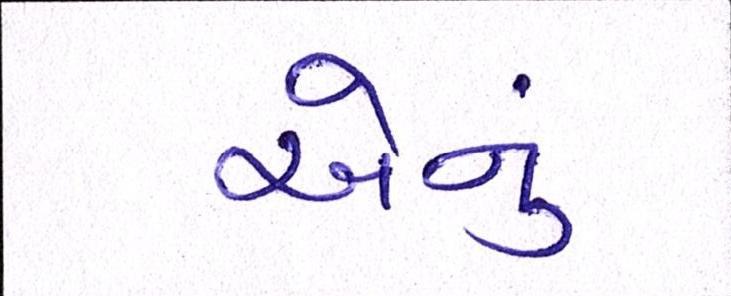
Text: એનું